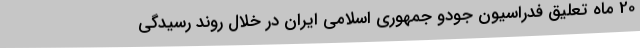
20 ماه تعلیق فدراسیون جودو جمهوری اسلامی ایران در خلال روند رسیدگی